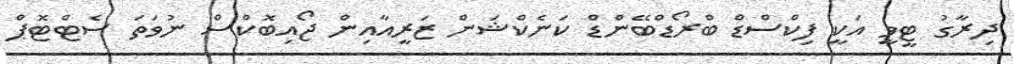
ދިރާގު ޓީވީ އަކީ ފިކްސްޑް ބްރޯޑްބޭންޑް ކަނެކްޝަން ޒަރީއާއިން ޖޯއިބޮކްސް ނުވަތަ ސެޓްޓޮޕް